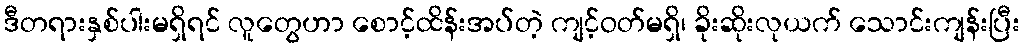
ဒီတရားနှစ်ပါးမရှိရင် လူတွေဟာ စောင့်ထိန်းအပ်တဲ့ ကျင့်ဝတ်မရှိ၊ ခိုးဆိုးလုယက် သောင်းကျန်းပြီး